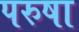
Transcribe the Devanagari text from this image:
परुषा